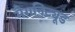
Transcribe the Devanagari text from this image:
मैगनिट्यूड